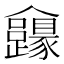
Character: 𠑮